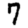
Digit: 7